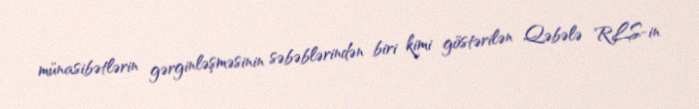
münasibətlərin gərginləşməsinin səbəblərindən biri kimi göstərilən Qəbələ RLS-in